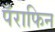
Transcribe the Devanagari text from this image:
पँराफिन